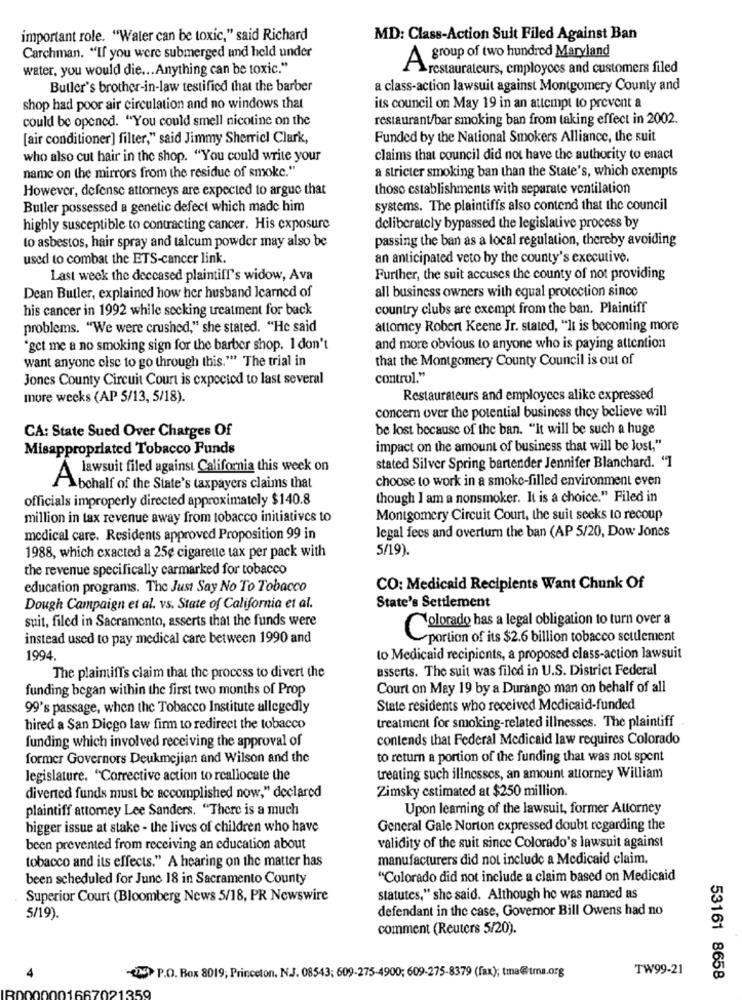
important role. "Water can be toxic," said Richard
MD: Class-Action Suit Filed Against Ban
Carchman. "If you were submerged und held under
A group of two hundred Maryland
water, you would die ... Anything can be toxic."
restaurateurs, employees and customers filed
Butler's brother-in-law testified that the barber
a class-action lawsuit against Montgomery County and
shop had poor air circulation and no windows that
its council on May 19 in an attempt to prevent a
could be opened. "You could smell nicotine on the
restaurant/bar smoking ban from taking effect in 2002.
[air conditioner] filter," said Jimmy Sherricl Clark,
Funded by the National Smokers Alliance, the suit
who also cut hair in the shop. "You could write your
claims that council did not have the authority to enact
name on the mirrors from the residue of smoke."
a stricter smoking ban than the State's, which exempts
However, defense attorneys are expected to argue that
those establishments with separate ventilation
Butler possessed a genetic defect which made him
systems. The plaintiffs also contend that the council
highly susceptible to contracting cancer. His exposure
deliberately bypassed the legislative process by
passing the ban as a local regulation, thereby avoiding
to asbestos, hair spray and talcum powder may also be
used to combat the ETS-cancer link.
an anticipated veto by the county's executive.
Last week the deceased plaintiff's widow, Ava
Further, the suit accuses the county of not providing
all business owners with equal protection since
Dean Butler, explained how her husband learned of
his cancer in 1992 while secking treatment for back
country clubs are exempt from the ban. Plaintiff
problems. "We were crushed," she stated. "He said
attomey Robert Keene Jr. stated, "It is becoming more
"get me a no smoking sign for the barber shop. I don't
and more obvious to anyone who is paying attention
want anyone else to go through this." The trial in
that the Montgomery County Council is out of
Jones County Circuit Court is expected to last several
control."
more weeks (AP 5/13, 5/18).
Restaurateurs and employees alike expressed
concern over the potential business they believe will
be lost because of the ban. "It will be such a huge
CA: State Sued Over Charges Of
Misappropriated Tobacco Funds
impact on the amount of business that will be lost,"
A lawsuit filed against California this week on
stated Silver Spring bartender Jennifer Blanchard. "1
choose to work in a smoke-filled environment even
Abchalf of the State's taxpayers claims that
officials improperly directed approximately $140.8
though I am a nonsmoker. It is a choice." Filed in
million in tax revenue away from tobacco initiatives to
Montgomery Circuit Court, the suit seeks to recoup
medical care. Residents approved Proposition 99 in
legal fees and overturn the ban (AP 5/20, Dow Jones
5/19).
1988, which cxacted a 25e cigarette tax per pack with
the revenue specifically carmarked for tobacco
education programs. The Just Say No To Tobacco
CO: Medicaid Recipients Want Chunk Of
Dough Campaign et al. vs. State of California et al.
State's Settlement
suit, filed in Sacramento, asserts that the funds were
Colorado has a legal obligation to turn over a
instead used to pay medical care between 1990 and
portion of its $2.6 billion tobacco settlement
1994
to Medicaid recipients, a proposed class-action lawsuit
asserts. The suit was filed in U.S. District Federal
The plaintiffs claim that the process to divert the
funding began within the first two months of Prop
Court on May 19 by a Durango man on behalf of all
99's passage, when the Tobacco Institute allegedly
State residents who received Medicaid-funded
hired a San Diego law firm to redirect the tobacco
treatment for smoking-related illnesses. The plaintiff
funding which involved receiving the approval of
contends that Federal Medicaid law requires Colorado
former Governors Deukmejian and Wilson and the
to return a portion of the funding that was not spent
legislature. "Corrective action to reallocate the
treating such illnesses, an amount attorney William
Zimsky estimated at $250 million.
diverted funds must be accomplished now," declared
plaintiff attorney Lee Sanders. "There is a much
Upon learning of the lawsuit, former Attorney
bigger issue at stake - the lives of children who have
General Gale Norton expressed doubt regarding the
been prevented from receiving an education about
validity of the suit since Colorado's lawsuit against
tobacco and its effects." A hearing on the matter has
manufacturers did not include a Medicaid claim.
been scheduled for June 18 in Sacramento County
"Colorado did not include a claim based on Medicaid
Superior Court (Bloomberg News 5/18, PR Newswire
statutes," she said. Although he was named as
defendant in the case, Governor Bill Owens had no
5/19).
comment (Reuters 5/20).
-TN P.O. Box 8019; Princeton. N.J. 08543; 609-275-4900; 609-275-8379 (fax); tma@tma.org
TW99-21
53161 8658